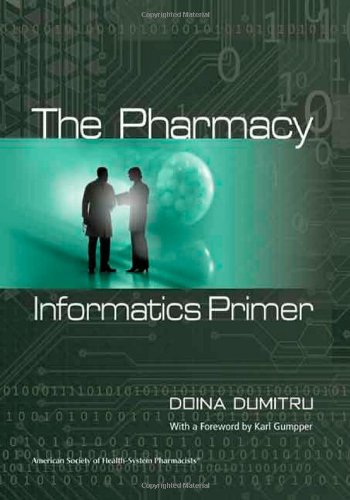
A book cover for The Pharmacy Informatics Primer; Medical Books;